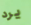
يرد